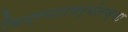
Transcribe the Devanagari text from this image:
चित्रपटापर्यंतच्या